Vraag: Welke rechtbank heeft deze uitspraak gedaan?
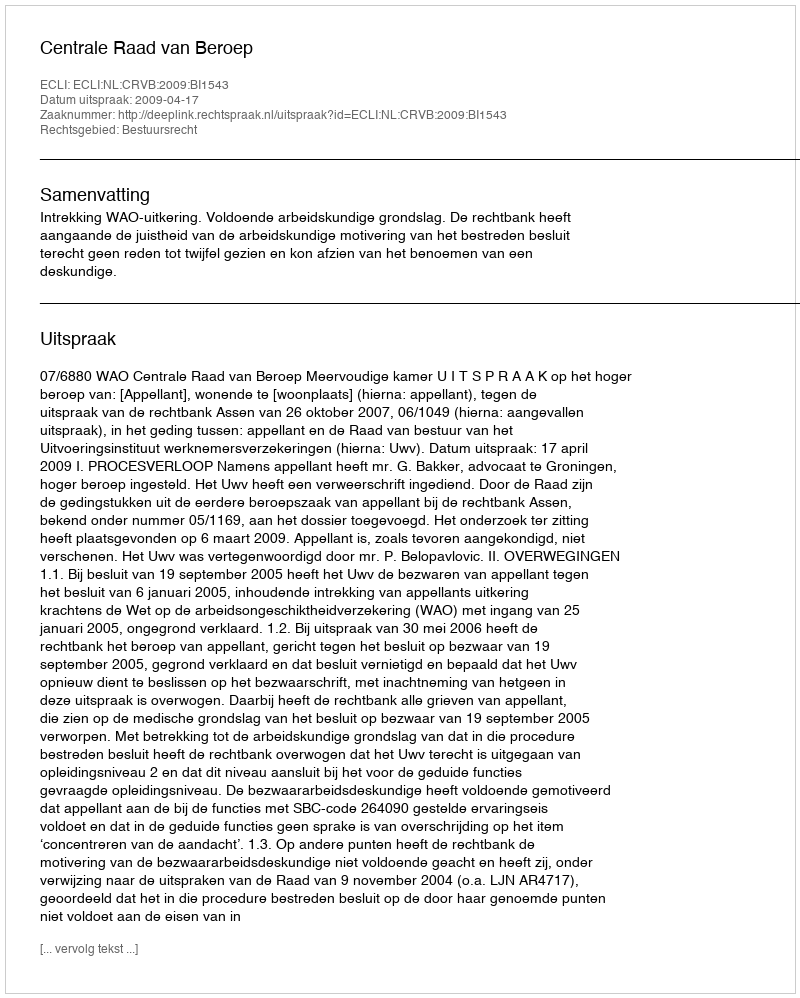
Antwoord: Centrale Raad van Beroep